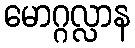
မောဂ္ဂလ္လာန